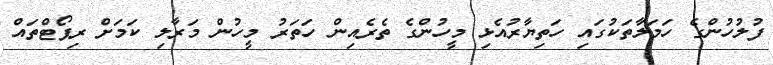
ފުލުހުންގެ ހަމަލާތަކުގައި ހަތިޔާރުއެޅި މީހުންގެ ތެރެއިން ހަތަރު މީހުން މަރާލި ކަމަށް ރިޕޯޓްތައް